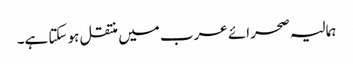
ہمالیہ صحرائے عرب میں منتقل ہو سکتا ہے۔